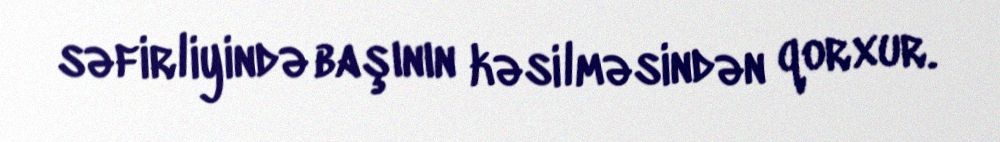
səfirliyində başının kəsilməsindən qorxur.